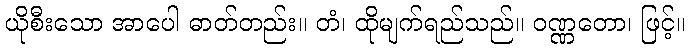
ယိုစီးသော အာပေါ ဓာတ်တည်း။ တံ၊ ထိုမျက်ရည်သည်။ ဝဏ္ဏတော၊ ဖြင့်။